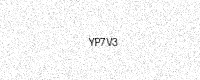
Text: YP7V3